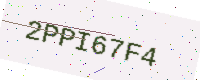
Text: 2PPI67F4